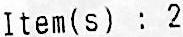
ITEM(S) : 2